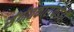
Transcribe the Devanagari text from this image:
संगीतकारांकडेही